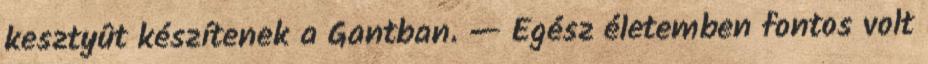
kesztyût készítenek a Gantban. — Egész életemben fontos volt